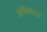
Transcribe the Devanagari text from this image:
अंबिकाला